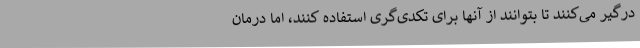
درگیر می‌کنند تا بتوانند از آنها برای تکدی‌گری استفاده کنند، اما درمان